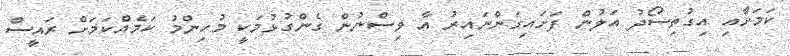
ކަމަށާއި އިގުތިސޯދު އަލުން ފަށައިގަންނައިރު އާ ވިސްނުން ގެންގުޅުމަކީ މުހިންމު ކަމެއްކަމަށް ރައީސް